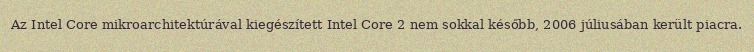
Az Intel Core mikroarchitektúrával kiegészített Intel Core 2 nem sokkal később, 2006 júliusában került piacra.